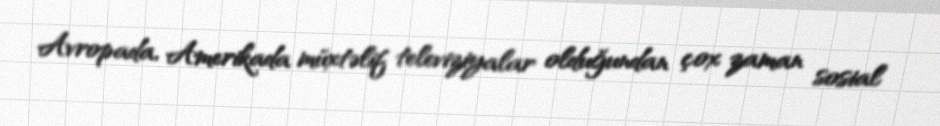
Avropada, Amerikada müxtəlif televiziyalar olduğundan çox zaman sosial